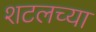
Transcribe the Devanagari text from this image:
शटलच्या